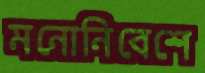
মনোনিবেশে